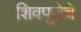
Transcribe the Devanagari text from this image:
शिवपूजेचे